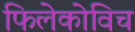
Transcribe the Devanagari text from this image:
फिलेकोविच